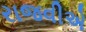
રાજવીએ